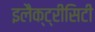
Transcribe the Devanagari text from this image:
इलैक्‍ट्रीसिटी